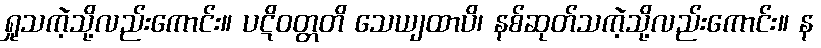
ရှုသကဲ့သို့လည်းကောင်း။ ပဋိဝတ္တတိ သေယျထာပိ၊ နစ်ဆုတ်သကဲ့သို့လည်းကောင်း။ န